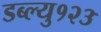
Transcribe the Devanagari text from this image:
डब्ल्यु१२३